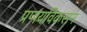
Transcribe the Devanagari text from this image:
प्रणयविकसन